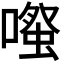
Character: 𫫱